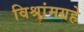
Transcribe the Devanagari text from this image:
विश्रांमग्रहे